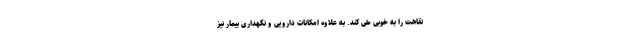
نقاهت را به خوبی طی کند. به علاوه امکانات دارویی و نگهداری بیمار نیز